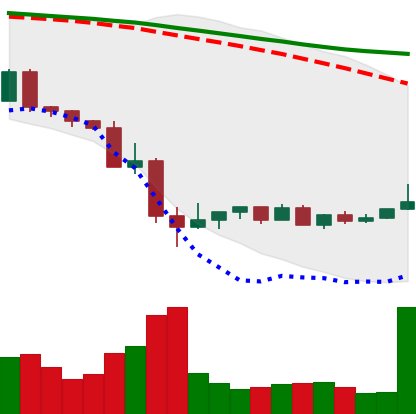
Ticker: NEO-USD
Chart end date: 2022-05-23
Forward return: -7.383%
Label: down_7plus